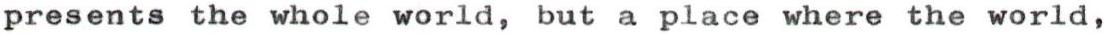
presents the whole world, but a place where the world,